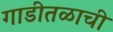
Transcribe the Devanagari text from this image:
गाडीतळाची